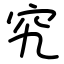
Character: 究